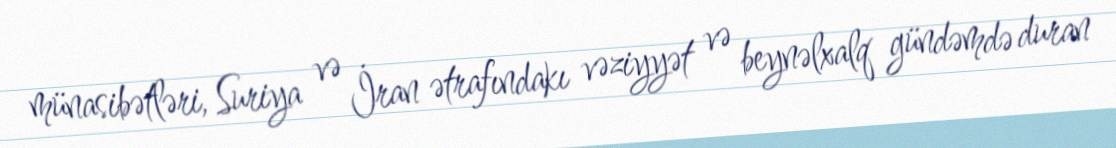
münasibətləri, Suriya və İran ətrafındakı vəziyyət və beynəlxalq gündəmdə duran